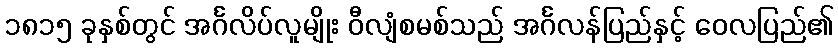
၁၈၁၅ ခုနှစ်တွင် အင်္ဂလိပ်လူမျိုး ဝီလျံစမစ်သည် အင်္ဂလန်ပြည်နှင့် ဝေလပြည်၏